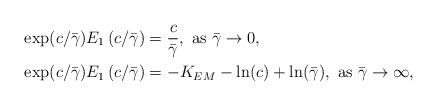
LaTeX: \begin{align*} & \exp(c/\bar \gamma)E_1\left(c/\bar \gamma \right)=\frac{c}{\bar\gamma},\textrm{ as }\bar\gamma\to 0, \\&\exp(c/\bar \gamma)E_1\left(c /\bar \gamma\right)=-K_{EM} - \ln(c)+ \ln(\bar\gamma) ,\textrm{ as }\bar\gamma\to \infty ,\end{align*}